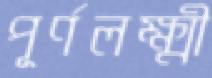
পূর্ণলক্ষ্মী